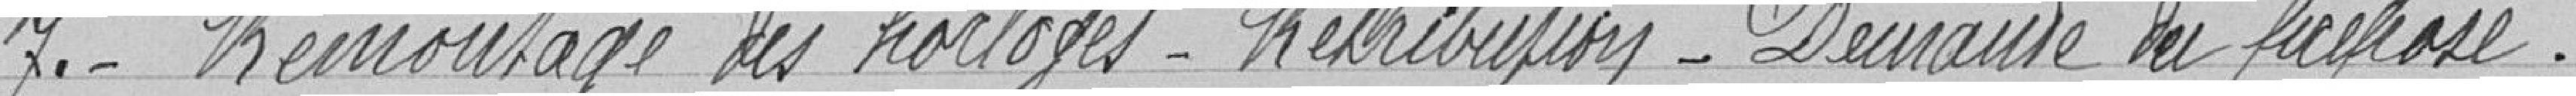
7. Remontage des horloges - Rétribution - Demande du préposé.